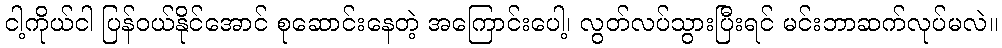
ငါ့ကိုယ်ငါ ပြန်ဝယ်နိုင်အောင် စုဆောင်းနေတဲ့ အကြောင်းပေါ့၊ လွတ်လပ်သွားပြီးရင် မင်းဘာဆက်လုပ်မလဲ။